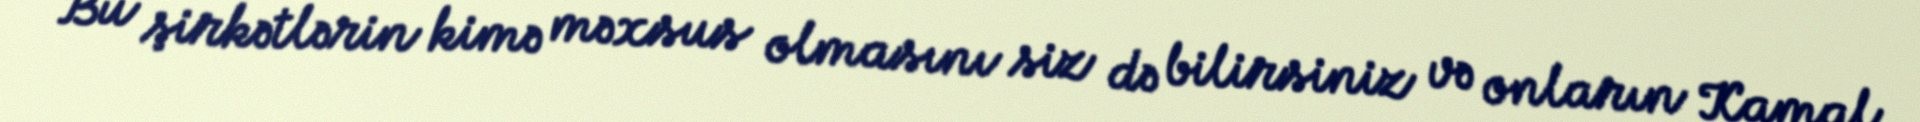
Bu şirkətlərin kimə məxsus olmasını siz də bilirsiniz və onların Kamal